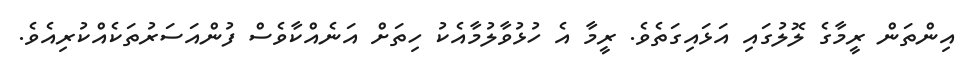
އިންތަން ރީމާގެ ލޮލުގައި އަޅައިގަތެވެ. ރީމާ އެ ހުޅުވާލުމާއެކު ހިތަށް އަނެއްކާވެސް ފުންއަސަރުތަކެއްކުރިއެވެ.